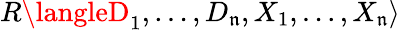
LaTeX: R\langleD_{1},\ldots,D_{\mathfrak{n}},X_{1},\ldots,X_{\mathfrak{n}}\rangle